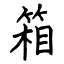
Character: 箱